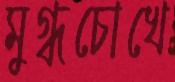
মুগ্ধচোখে